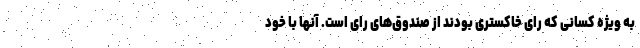
به ویژه کسانی که رای خاکستری بودند از صندوق‌های رای است. آنها با خود